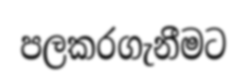
පලකරගැනීමට